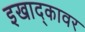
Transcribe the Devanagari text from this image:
इखाद्कावर